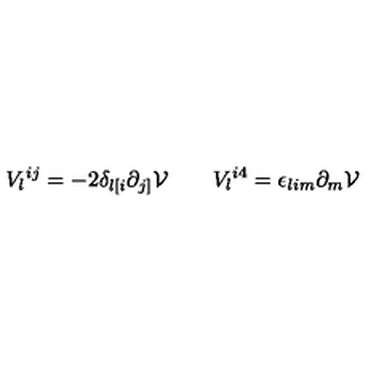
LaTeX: V _ { l } { } ^ { i j } = - 2 \delta _ { l [ i } \partial _ { j ] } { \cal V } \qquad V _ { l } { } ^ { i 4 } = \epsilon _ { l i m } \partial _ { m } { \cal V }